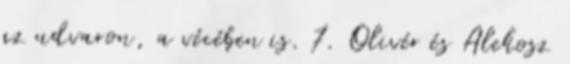
az udvaron, a vécében is. 7. Olivér és Alekosz